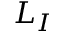
L _ { I }